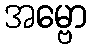
အမ္ဗော